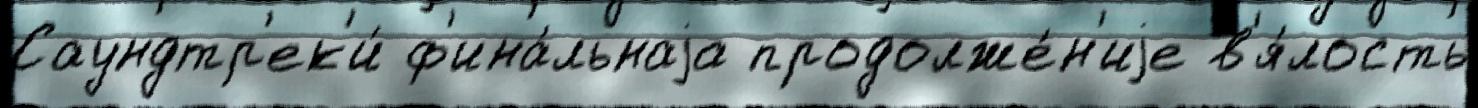
Саундтр'ек'и́ ф'ина́льнаjа продолже́н'иjе в'я́лость